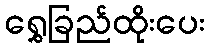
ရွှေခြည်ထိုးပေး